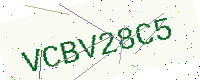
Text: VCBV28C5